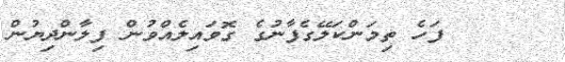
ފަހެ ތިމަންކަލޭގެފާނުގެ ގޮވައިލެއްވުން ފިލާންދިޔުން